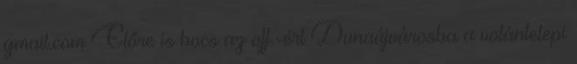
gmail.com Előre is bocs az off.-ért Dunaújvárosba a volántelepi